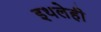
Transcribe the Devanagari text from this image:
इथलेही